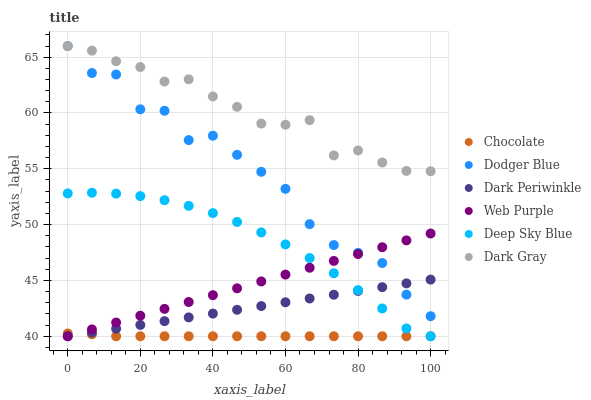
| xaxis_label | Chocolate | Dodger Blue | Dark Periwinkle | Web Purple | Deep Sky Blue | Dark Gray |
 | --- | --- | --- | --- | --- | --- | --- |
 | 0 | 40.2 | 66 | 40 | 40 | 52.8 | 66 |
 | 6.67 | 40.2 | 63.6 | 40.3 | 40.6 | 52.9 | 65.6 |
 | 13.3 | 40 | 63.4 | 40.7 | 41.2 | 52.8 | 64.6 |
 | 20 | 40 | 60.3 | 41 | 41.8 | 52.6 | 64.1 |
 | 26.7 | 40 | 60.2 | 41.4 | 42.5 | 52.2 | 62.8 |
 | 33.3 | 40 | 57.6 | 41.7 | 43.1 | 51.7 | 63 |
 | 40 | 40 | 58 | 42 | 43.7 | 51 | 61.5 |
 | 46.7 | 40 | 56.3 | 42.4 | 44.3 | 50.2 | 60.6 |
 | 53.3 | 40 | 54.7 | 42.7 | 44.9 | 49.3 | 59.1 |
 | 60 | 40 | 53.2 | 43 | 45.5 | 48.2 | 58.9 |
 | 66.7 | 40 | 50 | 43.4 | 46.1 | 47 | 59.4 |
 | 73.3 | 40 | 48.2 | 43.7 | 46.7 | 45.6 | 56.2 |
 | 80 | 40 | 47.5 | 44.1 | 47.4 | 44.1 | 56.6 |
 | 86.7 | 40 | 46.6 | 44.4 | 48 | 42.5 | 55.6 |
 | 93.3 | 40 | 43.7 | 44.7 | 48.6 | 40.7 | 54.8 |
 | 100 | 40 | 41.8 | 45.1 | 49.2 | 40 | 54.8 |